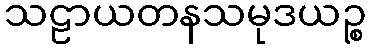
သဠာယတနသမုဒယဉ္စ